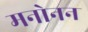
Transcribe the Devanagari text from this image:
मनोनन